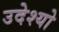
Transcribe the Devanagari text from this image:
उदेश्यो